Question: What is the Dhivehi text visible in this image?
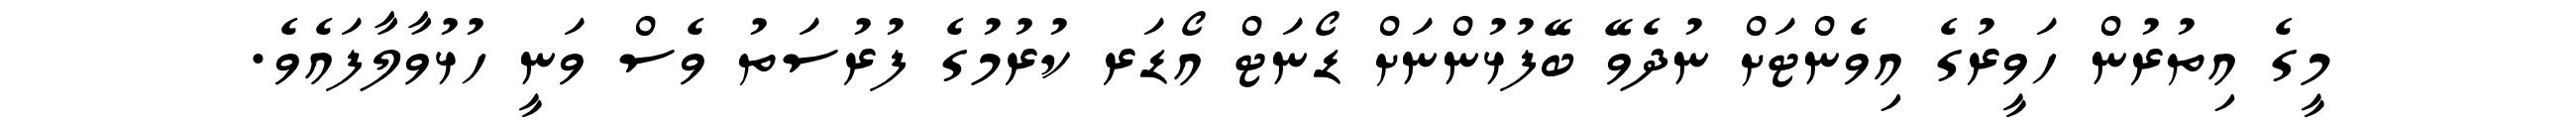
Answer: މީގެ އިތުރުން ހަވީރުގެ އިވެންޓަށް ނުދެވޭ ބޭފުޅުންނަށް ޑޯނަޓް އޯޑަރ ކުރުމުގެ ފުރުސަތު ވެސް ވަނީ ހުޅުވާލާފައެވެ.